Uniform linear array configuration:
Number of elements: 12
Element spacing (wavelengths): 0.75
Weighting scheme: uniform
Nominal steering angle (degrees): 15
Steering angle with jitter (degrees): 14.535
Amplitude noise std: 0.05
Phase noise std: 0.05

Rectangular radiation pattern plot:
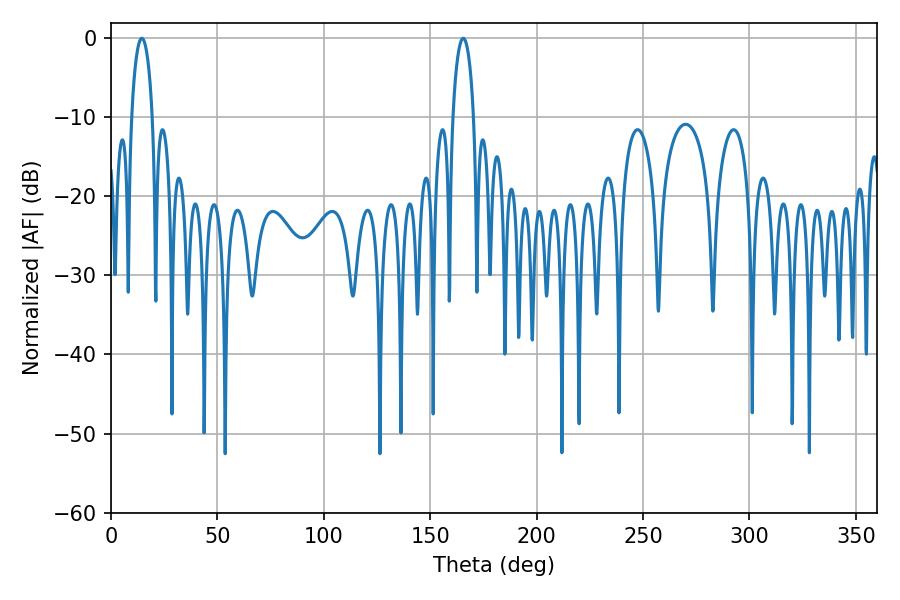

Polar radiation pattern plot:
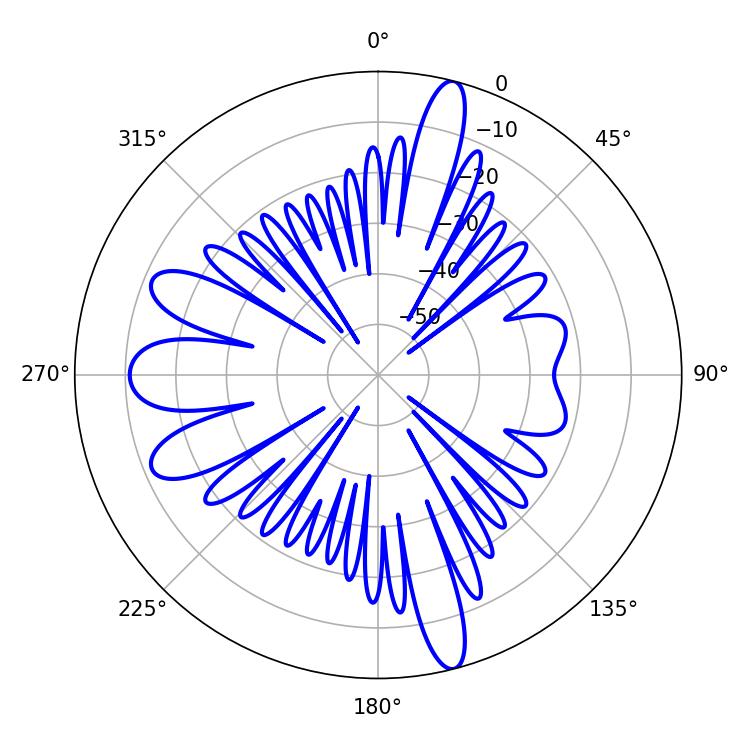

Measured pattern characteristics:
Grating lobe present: TRUE
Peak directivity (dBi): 20.25
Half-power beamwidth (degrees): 5.58
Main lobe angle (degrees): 14.58